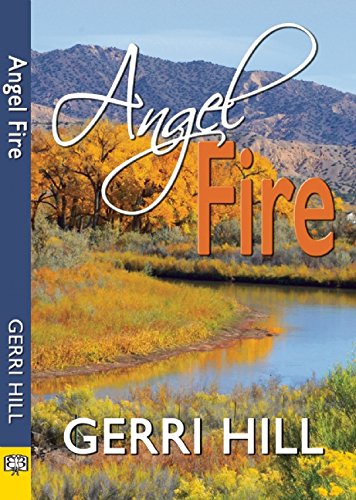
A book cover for Angel Fire; Gerri Hill; Romance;